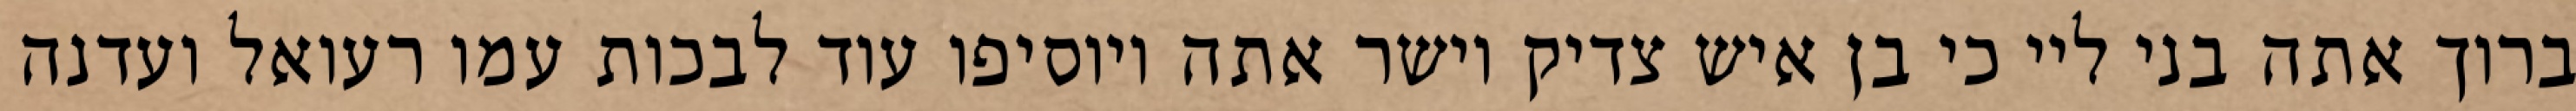
ברוך אתה בני ליי כי בן איש צדיק וישר אתה ויוסיפו עוד לבכות עמו רעואל ועדנה